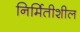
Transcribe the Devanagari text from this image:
निर्मितीशील